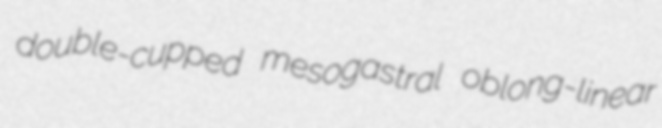
double-cupped mesogastral oblong-linear